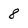
Character: 8